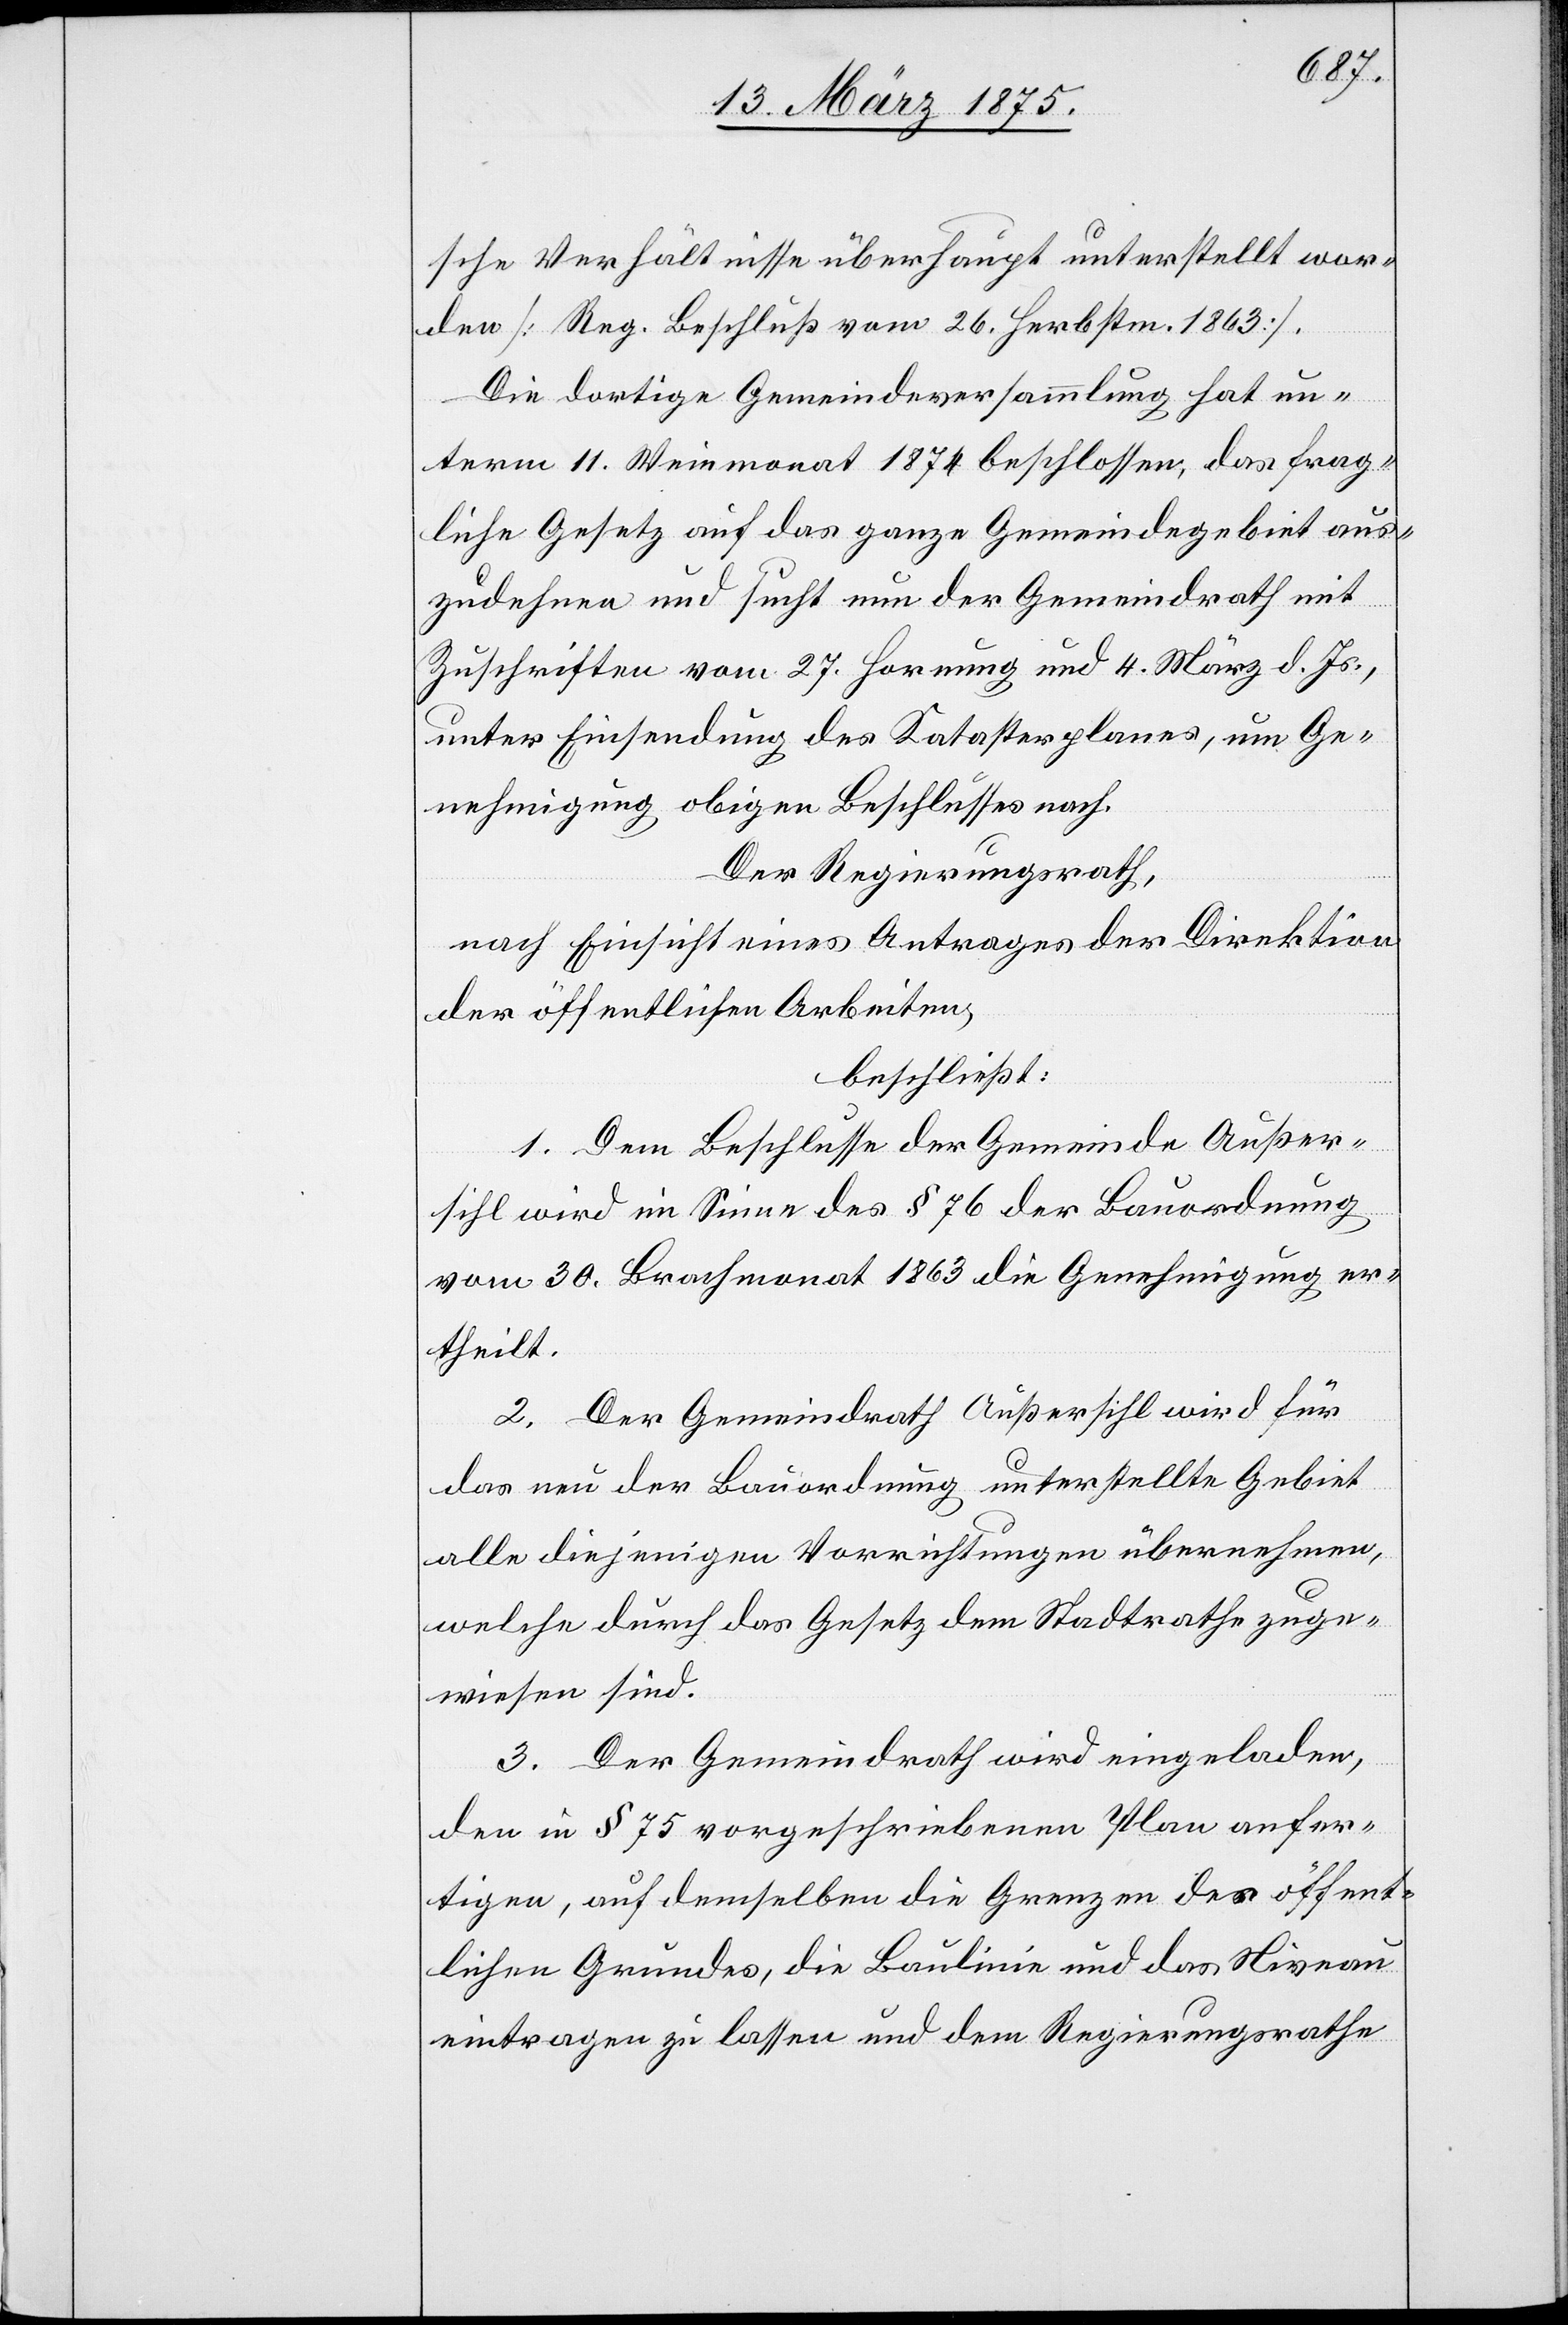
sche Verhältnisse überhaupt unterstellt wor¬
den [Reg. Beschluss vom 26. Herbstm. 1863].
Die dortige Gemeindeversammlung hat un¬
term 11. Weinmonat 1874 beschlossen, das frag¬
liche Gesetz auf das ganze Gemeindegebiet aus¬
zudehnen und sucht nun der Gemeindrath mit
Zuschriften vom 27. Hornung und 4. März d. Js.,
unter Einsendung des Katasterplanes, um Ge¬
nehmigung obigen Beschlusses nach.
Der Regierungsrath,
nach Einsicht eines Antrages der Direktion
der öffentlichen Arbeiten,
beschließt:
1. Dem Beschlusse der Gemeinde Außer¬
sihl wird im Sinne des § 76 der Bauordnung
vom 30. Brachmonat 1863 die Genehmigung er¬
theilt.
2. Der Gemeindrath Außersihl wird für
das neu der Bauordnung unterstellte Gebiet
alle diejenigen Vorrichtungen übernehmen,
welche durch das Gesetz dem Stadtrathe zuge¬
wiesen sind.
3. Der Gemeindrath wird eingeladen,
den in § 75 vorgeschriebenen Plan anfer¬
tigen, auf demselben die Grenzen des öffent¬
lichen Grundes, die Baulinie und das Niveau
eintragen zu lassen und dem Regierungsrathe